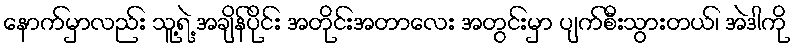
နောက်မှာလည်း သူ့ရဲ့ အချိန်ပိုင်း အတိုင်းအတာလေး အတွင်းမှာ ပျက်စီးသွားတယ်၊ အဲဒါကို